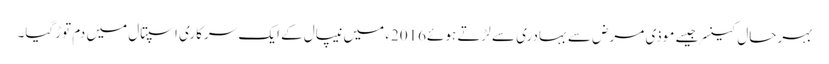
بہرحال کینسرجیسے موذی مرض سے بہادری سے لڑتے ہوئے2016ء میں نیپال کے ایک سرکاری اسپتال میں دم توڑگیا۔